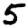
Digit: 5